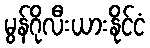
မွန်ဂိုလီးယားနိုင်ငံ